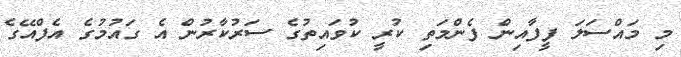
މި މައްސަލަ ފީފާއިން ފެންމަތި ކުރީ ކުވައިތުގެ ސަރުކާރުން އެ ގައުމުގެ އެފްއޭގެ